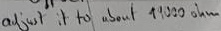
Text: adjus it to about 19000ohm